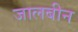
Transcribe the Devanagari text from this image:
जालबीन